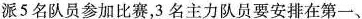
派5名队员参加比赛，3名主力队员要安排在第一、